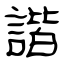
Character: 諧